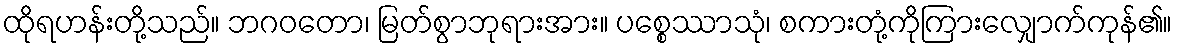
ထိုရဟန်းတို့သည်။ ဘဂဝတော၊ မြတ်စွာဘုရားအား။ ပစ္စေဿာသုံ၊ စကားတုံ့ကိုကြားလျှောက်ကုန်၏။